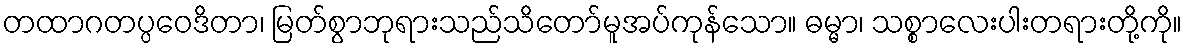
တထာဂတပ္ပဝေဒိတာ၊ မြတ်စွာဘုရားသည်သိတော်မူအပ်ကုန်သော။ ဓမ္မာ၊ သစ္စာလေးပါးတရားတို့ကို။